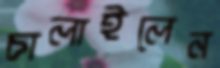
চালাইলেন